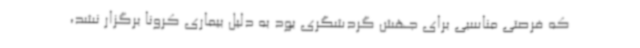
که فرصتی مناسبی برای جهش گردشگری بود به دلیل بیماری کرونا برگزار نشد،